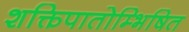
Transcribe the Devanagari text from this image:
शक्तिपातोम्भिषित